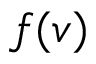
f ( v )